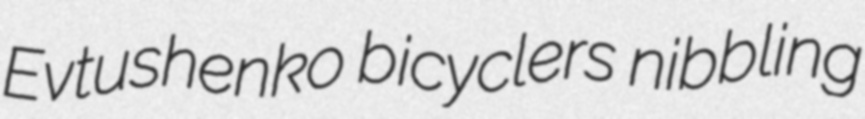
Evtushenko bicyclers nibbling